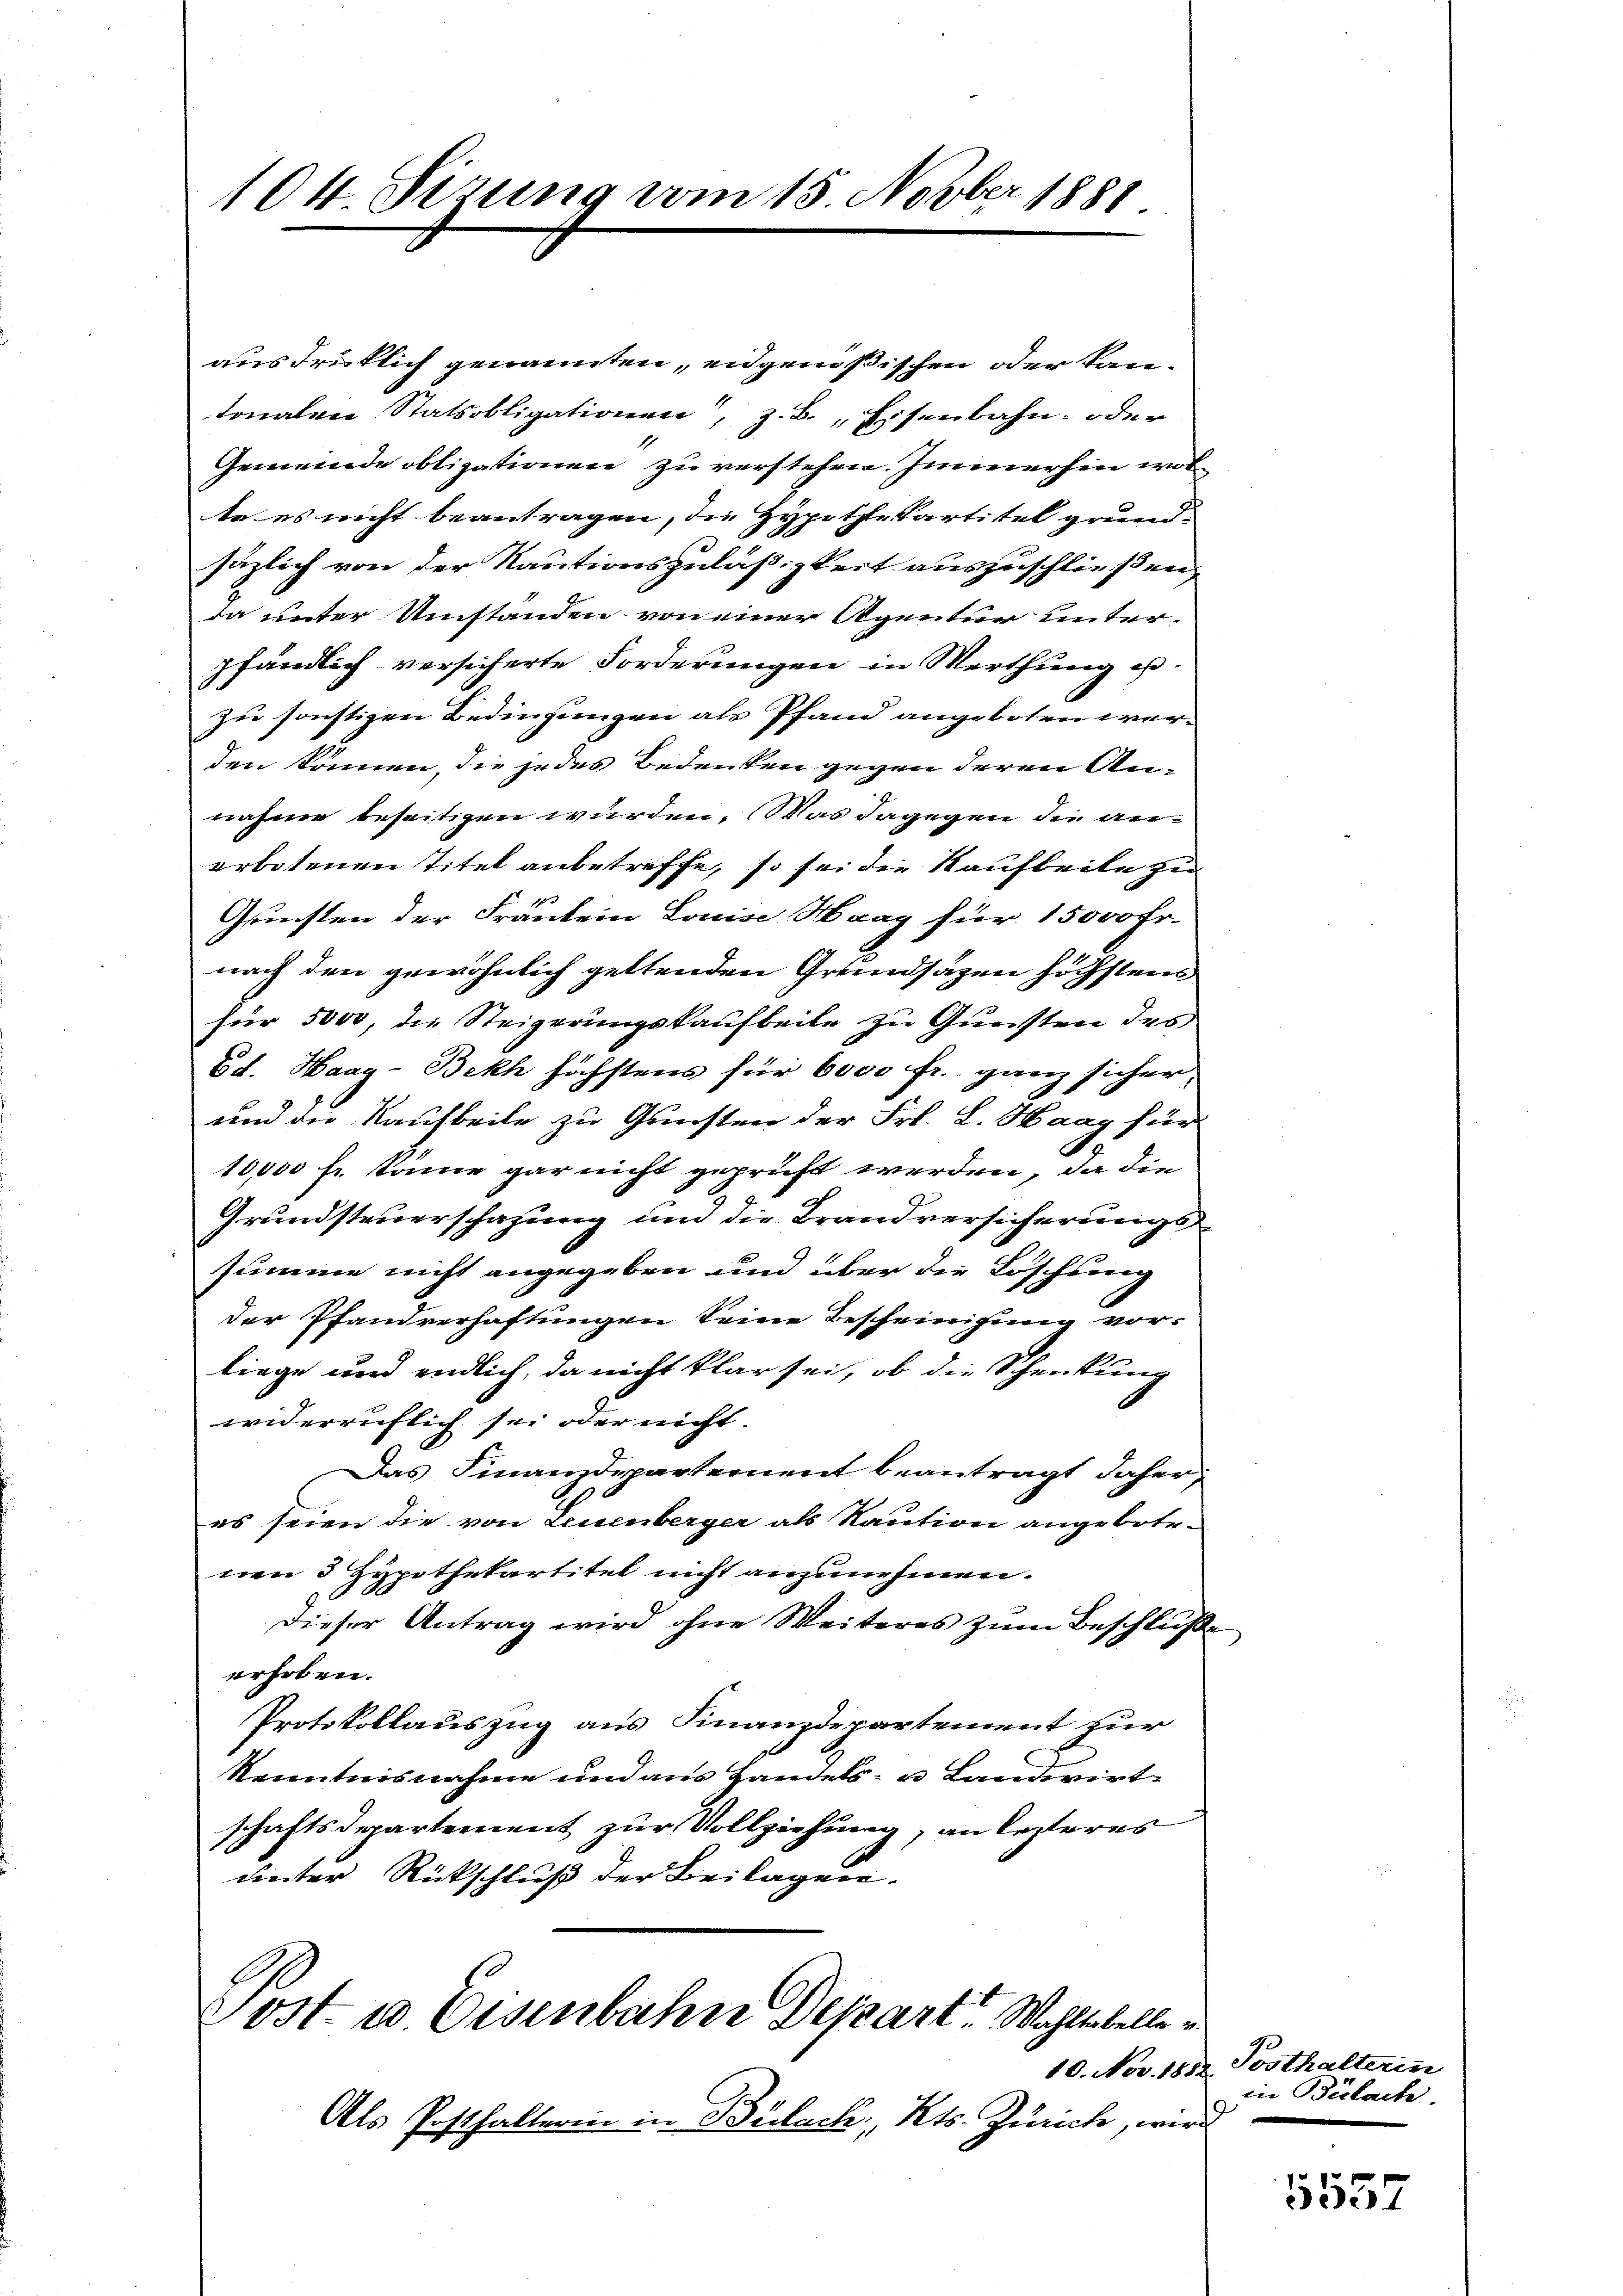
104 Sizung vom 15 Novber 1881

ausdrücklich genannten, eidgenößischen oder kantonalen Statsobligationen, z. B. Eisenbahn- oder
Gemeinde obligationen zu verstehen. Immerhin worte es nicht beantragen, die Hypothekartitel grund-
säzlich von der Kautionszuläßigkeit auszuschließen,
da unter Umständen von einer Agentur unter-
pfändlich versicherte Forderungen in Merthung es.
zu sonstigen Bedeutungen als Pfand angeboten werden können, die jedes Bedenken gegen deren Annahme beseitigen wurden. Was dagegen die anerbotenen Titel anbetreffe, so sei die Kaufbeite zu
Gunsten der Fräulein Louise Maag für 15000 Fr.
nach den gewöhnlich geltenden Grundsäzen höchstens
für 5000, die Steigerungskaufbeile zu Gunsten des
Ed. Haag-Bekh höchstens für 6000 fr. ganz sicher,
und die Kaufbeile zu Gunsten der Frl. L. Haag für
10,000 fr. könne gar nicht geprüft werden, da die
Grundsteuerschazung und die Brandversicherungssumme nicht angegeben und über die Löschung
der Pfandverhaftungen keine Bescheinigung vor-
liege und endlich, da nicht klar sei, ob die Schenkung
widerruflich sei oder nicht.
Das Finanzdepartement beantragt daher,
es seien die von Leuenberger als Kaution angebotetion 3 Hypothekartitel nicht anzunehmen.
dieser Antrag wird ohne Weiteres zum Beschlüße
erhoben.
Protokollauszug aus Finanzdepartement zur
Kenntnisnahme und aus Handels- u Landwirt
schaftsdepartement zur Vollziehung, an lezteres
unter Rückschluß der Beilagen.
Post 10 Eisenbahn Depart. Wohltobelle

Als Posthalterin in Bülach, Kts. Zürich, wird

10. Nov. 1852. Posthalterin
in Bülach.
m

5557